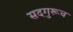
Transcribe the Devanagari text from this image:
सदगुरूच